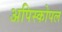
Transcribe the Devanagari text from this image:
अपिस्कोपल